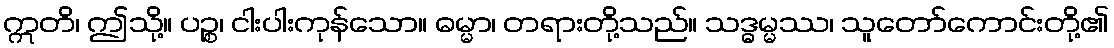
ဣတိ၊ ဤသို့။ ပဉ္စ၊ ငါးပါးကုန်သော။ ဓမ္မာ၊ တရားတို့သည်။ သဒ္ဓမ္မဿ၊ သူတော်ကောင်းတို့၏